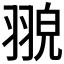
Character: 𦑀